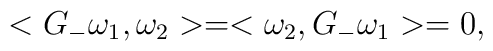
<G_{-} \omega_1,  \omega_2>=< \omega_2, G_{-} \omega_1>=0,